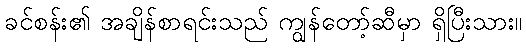
ခင်စန်း၏ အချိန်စာရင်းသည် ကျွန်တော့်ဆီမှာ ရှိပြီးသား။